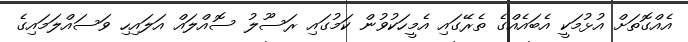
އެއްގޮތަށް އުޅުމަކީ އެބައެއްގެ ތެރޭގައި އެމީހަކުވުން ކަމުގައި ރަސޫލު ސޮއްލައް އަލައިހި ވަސައްލަމައިގެ